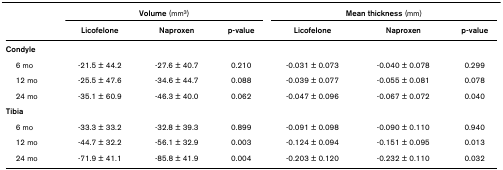
|  | <COLSPAN=3> Volume (mm3) | <COLSPAN=3> Mean thickness (mm) |
 |  | Licofelone | Naproxen | p-value | Licofelone | Naproxen | p-value |
 | --- | --- | --- | --- | --- | --- | --- |
 | Condyle |  |  |  |  |  |  |
 | 6 mo | -21.5 ± 44.2 | -27.6 ± 40.7 | 0.210 | -0.031 ± 0.073 | -0.040 ± 0.078 | 0.299 |
 | 12 mo | -25.5 ± 47.6 | -34.6 ± 44.7 | 0.088 | -0.039 ± 0.077 | -0.055 ± 0.081 | 0.078 |
 | 24 mo | -35.1 ± 60.9 | -46.3 ± 40.0 | 0.062 | -0.047 ± 0.096 | -0.067 ± 0.072 | 0.040 |
 | Tibia |  |  |  |  |  |  |
 | 6 mo | -33.3 ± 33.2 | -32.8 ± 39.3 | 0.899 | -0.091 ± 0.098 | -0.090 ± 0.110 | 0.940 |
 | 12 mo | -44.7 ± 32.2 | -56.1 ± 32.9 | 0.003 | -0.124 ± 0.094 | -0.151 ± 0.095 | 0.013 |
 | 24 mo | -71.9 ± 41.1 | -85.8 ± 41.9 | 0.004 | -0.203 ± 0.120 | -0.232 ± 0.110 | 0.032 |